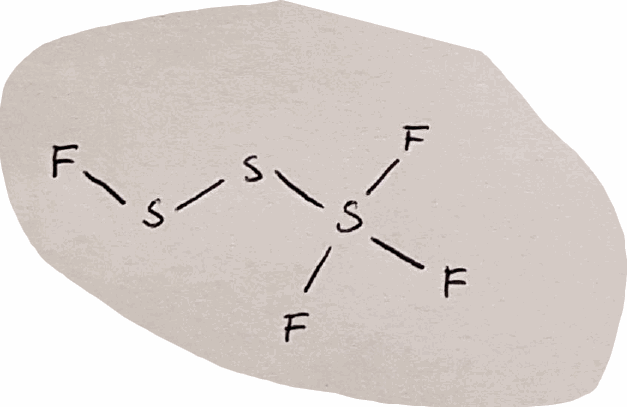
Simplified molecular-input line-entry system (SMILES) notation of the given molecule:
FSSS(F)(F)F